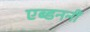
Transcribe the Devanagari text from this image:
एब्डननीं